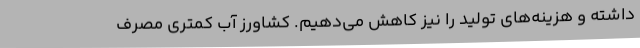
داشته و هزینه‌های تولید را نیز کاهش می‌دهیم. کشاورز آب کمتری مصرف